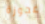
عجوزة